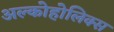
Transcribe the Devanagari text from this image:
अल्कोहोलिक्स